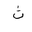
Letter: _tha